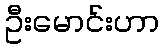
ဦးမောင်းဟာ